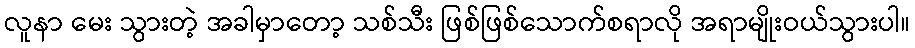
လူနာ မေး သွားတဲ့ အခါမှာတော့ သစ်သီး ဖြစ်ဖြစ်သောက်စရာလို အရာမျိုးဝယ်သွားပါ။